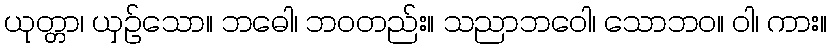
ယုတ္တာ၊ ယှဉ်သော။ ဘဓေါ၊ ဘဝတည်း။ သညာဘဝေါ၊ သောဘဝ။ ဝါ၊ ကား။